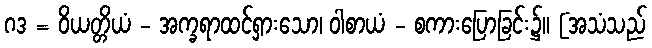
ဂဒ = ဝိယတ္တိယံ - အက္ခရာထင်ရှားသော၊ ဝါစာယံ - စကားပြောခြင်း၌။ [အသံသည်